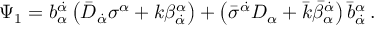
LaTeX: \Psi _ { 1 } = b _ { \alpha } ^ { \dot { \alpha } } \left( \bar { D } _ { \dot { \alpha } } \sigma ^ { \alpha } + k \beta _ { \dot { \alpha } } ^ { \alpha } \right) + \left( \bar { \sigma } ^ { \dot { \alpha } } D _ { \alpha } + \bar { k } \bar { \beta } _ { \alpha } ^ { \dot { \alpha } } \right) \bar { b } _ { \dot { \alpha } } ^ { \alpha } \, .